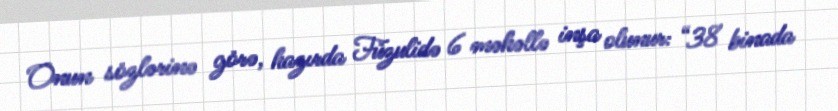
Onun sözlərinə görə, hazırda Füzulidə 6 məhəllə inşa olunur: “38 binada